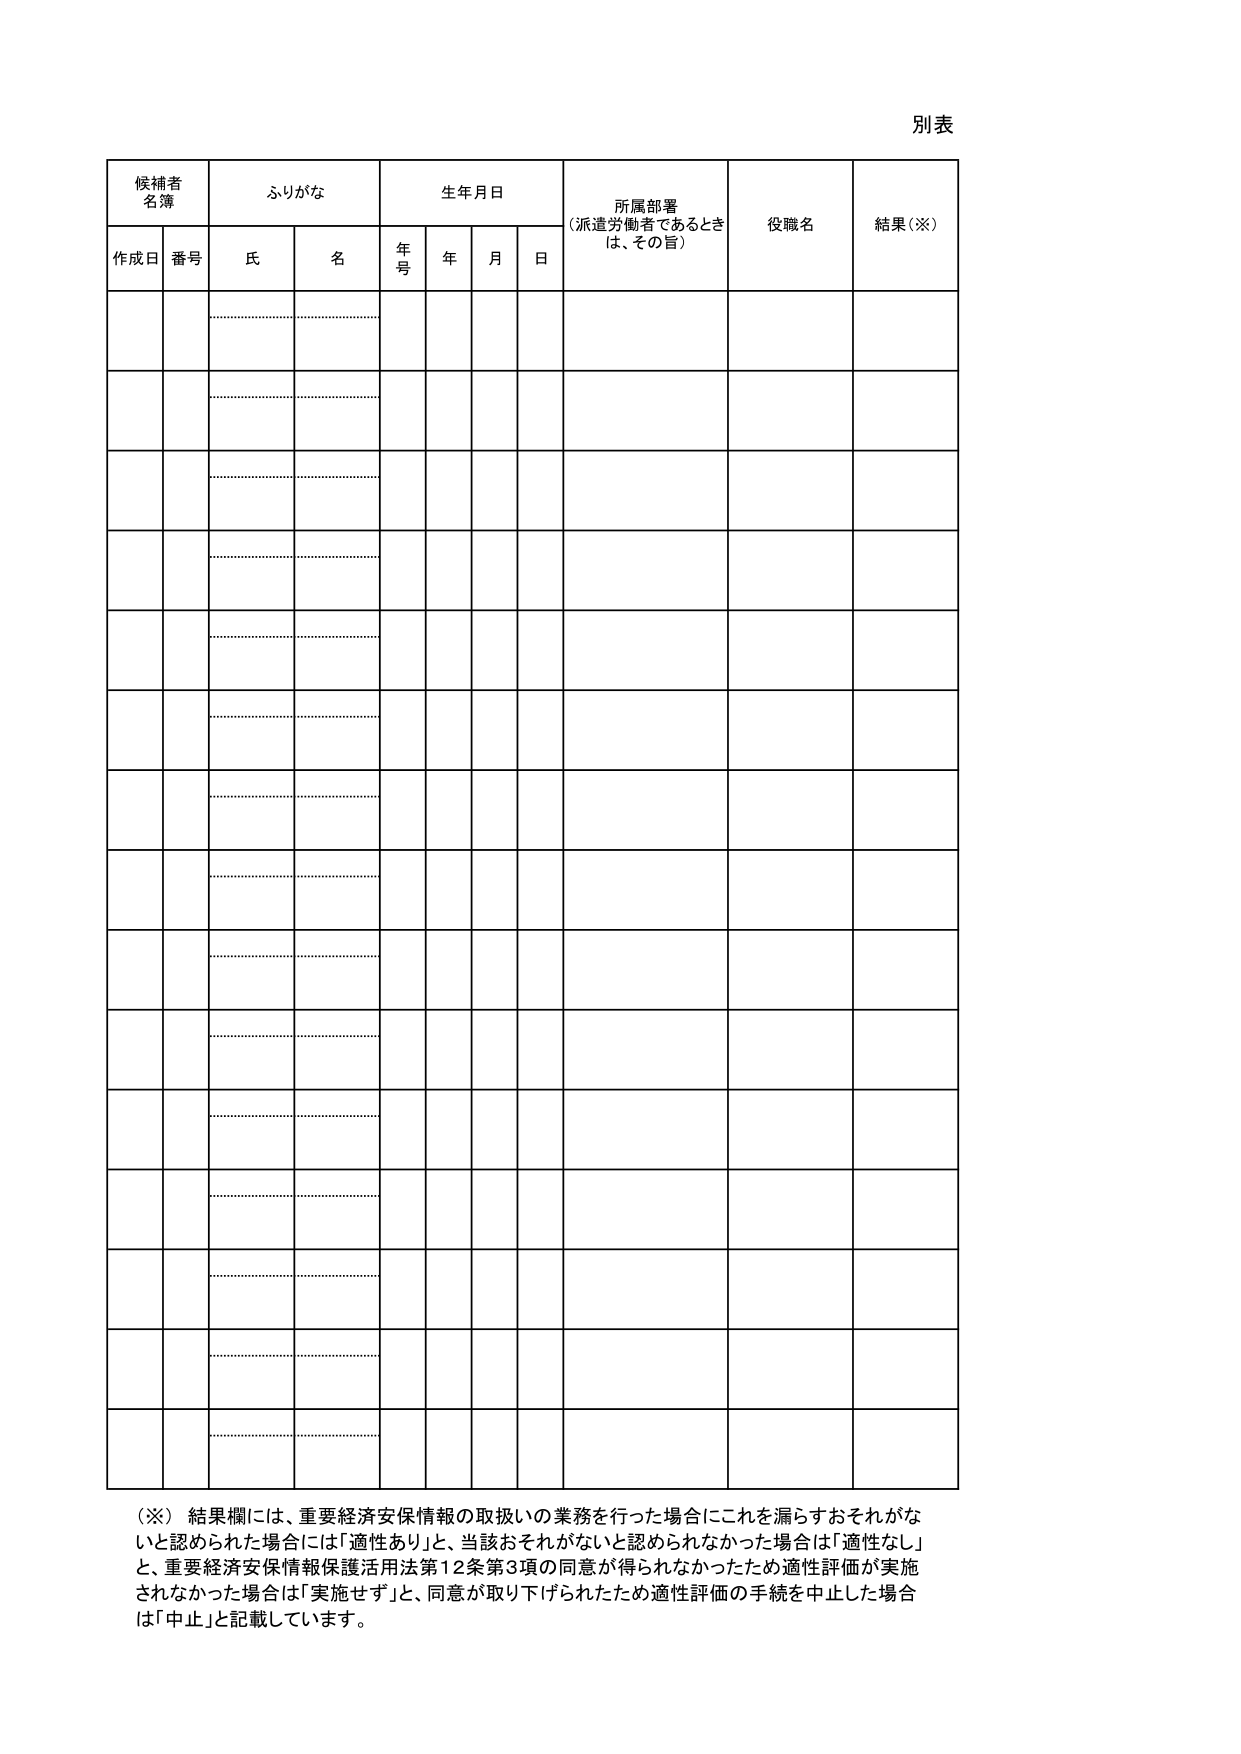
別表

候補者
名簿
ふりがな
生年月日
所属部署
（派遣労働者であるときは、その旨）
役職名
結果（※）

作成日
番号
氏
名
年号
年
月
日

（※）結果欄には、重要経済安保情報の取扱いの業務を行った場合にこれを漏らすおそれがないと認められた場合には「適性あり」と、当該おそれがないと認められなかった場合は「適性なし」と、重要経済安保情報保護活用法第12条第3項の同意が得られなかったため適性評価が実施されなかった場合は「実施せず」と、同意が取り下げられたため適性評価の手続を中止した場合は「中止」と記載しています。